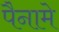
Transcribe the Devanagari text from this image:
पैनामे